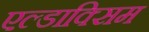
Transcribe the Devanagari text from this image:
एल्डाक्सिम